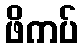
ဖိကပ်